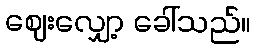
ဈေးလျှော့ ခေါ်သည်။